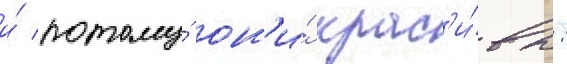
и́ потому́ он'и́ крас'и́вы: